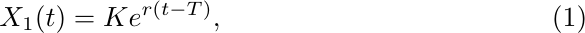
\begin{equation}\label{7.5}
 X_1(t)= Ke^{r(t-T)},
\end{equation}